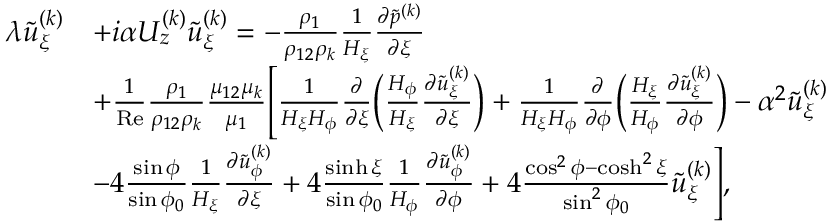
\begin{array} { r l } & { \begin{array} { r l } { \lambda \tilde { u } _ { \xi } ^ { ( k ) } } & { + i \alpha U _ { z } ^ { ( k ) } \tilde { u } _ { \xi } ^ { ( k ) } = - \frac { \rho _ { 1 } } { \rho _ { 1 2 } \rho _ { k } } \frac { 1 } { H _ { \xi } } \frac { \partial \tilde { p } ^ { ( k ) } } { \partial \xi } } \\ & { + \frac { 1 } { \mathrm { R e } } \frac { \rho _ { 1 } } { \rho _ { 1 2 } \rho _ { k } } \frac { \mu _ { 1 2 } \mu _ { k } } { \mu _ { 1 } } \Biggl [ \frac { 1 } { H _ { \xi } H _ { \phi } } \frac { \partial } { \partial \xi } \biggl ( \frac { H _ { \phi } } { H _ { \xi } } \frac { \partial \tilde { u } _ { \xi } ^ { ( k ) } } { \partial \xi } \biggr ) + \frac { 1 } { H _ { \xi } H _ { \phi } } \frac { \partial } { \partial \phi } \biggl ( \frac { H _ { \xi } } { H _ { \phi } } \frac { \partial \tilde { u } _ { \xi } ^ { ( k ) } } { \partial \phi } \biggr ) - \alpha ^ { 2 } \tilde { u } _ { \xi } ^ { ( k ) } } \\ & { - 4 \frac { \sin \phi } { \sin \phi _ { 0 } } \frac { 1 } { H _ { \xi } } \frac { \partial \tilde { u } _ { \phi } ^ { ( k ) } } { \partial \xi } + 4 \frac { \sinh \xi } { \sin \phi _ { 0 } } \frac { 1 } { H _ { \phi } } \frac { \partial \tilde { u } _ { \phi } ^ { ( k ) } } { \partial \phi } + 4 \frac { \cos ^ { 2 } \phi - \cosh ^ { 2 } \xi } { \sin ^ { 2 } \phi _ { 0 } } \tilde { u } _ { \xi } ^ { ( k ) } \Biggr ] , } \end{array} } \end{array}